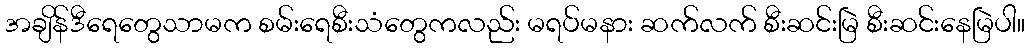
အချိန်ဒီရေတွေသာမက စမ်းရေစီးသံတွေကလည်း မရပ်မနား ဆက်လက် စီးဆင်းမြဲ စီးဆင်းနေမြဲပါ။